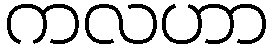
ကလဟာ